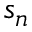
s _ { n }